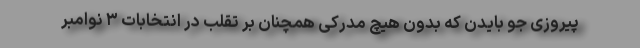
پیروزی جو بایدن که بدون هیچ مدرکی همچنان بر تقلب در انتخابات ۳ نوامبر